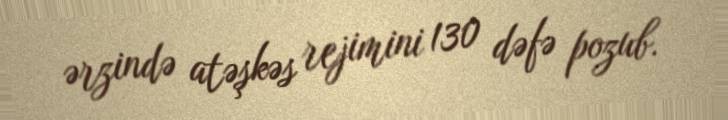
ərzində atəşkəs rejimini 130 dəfə pozub.